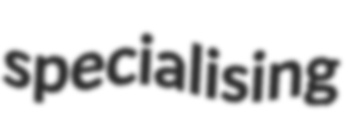
specialising